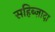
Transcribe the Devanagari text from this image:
सहिब्ज़ादा